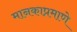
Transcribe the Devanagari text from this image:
मानकाप्रमाणे